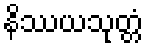
နိဿယသုတ္တံ